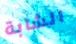
الشابة